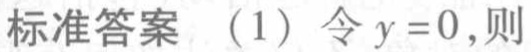
标准答案 （1）令 \(y = 0\)，则